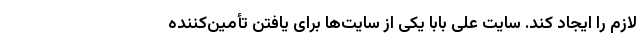
لازم را ایجاد کند. سایت علی بابا یکی از سایت‌ها برای یافتن تأمین‌کننده